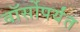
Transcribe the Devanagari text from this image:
वॉर्सोपर्यंत